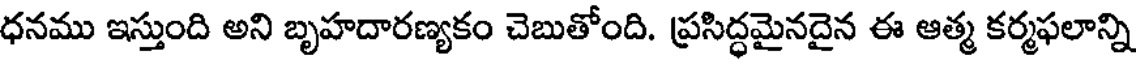
ధనము ఇస్తుంది అని బృహదారణ్యకం చెబుతోంది. ప్రసిద్ధమైనదైన ఈ ఆత్మ కర్మఫలాన్ని